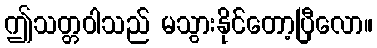
ဤသတ္တဝါသည် မသွားနိုင်တော့ပြီလော။